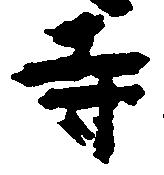
寺